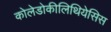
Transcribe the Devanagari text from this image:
कोलेडोकीलिथियेसिस